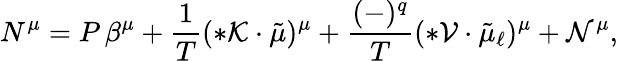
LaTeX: N^{\mu}=P\, \beta^{\mu}+\frac 1T({*{\cal K}}\cdot\tilde{\mu})^{\mu}+\frac{(-)^{q}}{T}(*{\cal V}\cdot{\tilde{\mu}_{\ell}})^{\mu}+{\cal N}^{\mu},